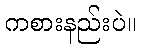
ကစားနည်းပဲ။